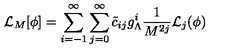
{ \cal L } _ { M } [ \phi ] = \sum _ { i = - 1 } ^ { \infty } \sum _ { j = 0 } ^ { \infty } \tilde { c } _ { i j } g _ { \Lambda } ^ { i } \frac { 1 } { M ^ { 2 j } } { \cal L } _ { j } ( \phi )